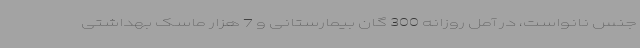
جنس نانواست، در آمل روزانه 300 گان بیمارستانی و 7 هزار ماسک بهداشتی